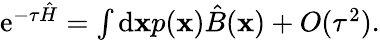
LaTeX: \begin{array}{r}{\mathrm{e}^{-\tau\hat{H}}=\int\mathrm{d}\mathbf xp(\mathbf x)\hat{B}(\mathbf x)+O(\tau^{2}).}\end{array}